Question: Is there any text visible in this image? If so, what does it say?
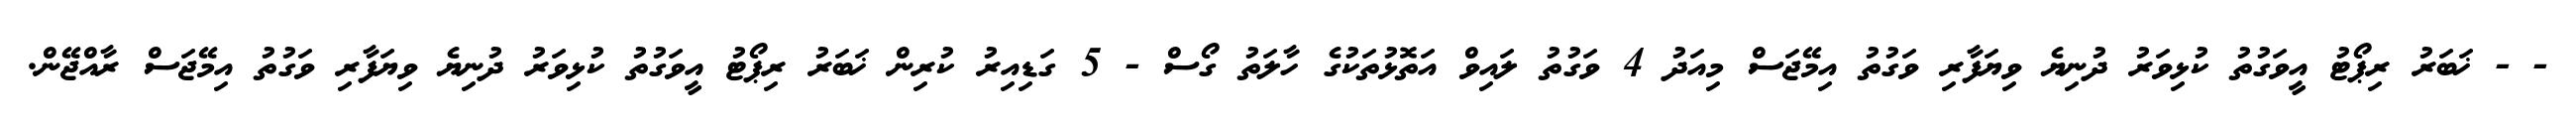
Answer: - - ޚަބަރު ރިޕޯޓު އީވަގުތު ކުޅިވަރު ދުނިޔެ ވިޔަފާރި ވަގުތު އިމޭޖަސް މިއަދު 4 ވަގުތު ލައިވް އަތޮޅުތަކުގެ ހާލަތު ގޯސް - 5 ގަޑިއިރު ކުރިން ޚަބަރު ރިޕޯޓު އީވަގުތު ކުޅިވަރު ދުނިޔެ ވިޔަފާރި ވަގުތު އިމޭޖަސް ރާއްޖޭން.